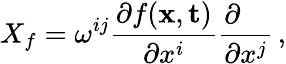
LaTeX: X_{f}=\omega^{ij}{\frac{\partial f({\mathbf x},{\mathbf t})}{\partial x^{i}}}{\frac{\partial\phantom{x^{j}}}{\partial x^{j}}}\, ,